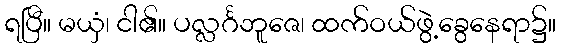
ရပြီ။ မယှံ၊ ငါ၏။ ပလ္လင်္ဂဘူဇေ၊ ထက်ဝယ်ဖွဲ့ခွေနေရာ၌။